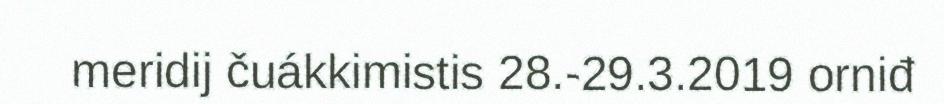
meridij čuákkimistis 28.-29.3.2019 orniđ